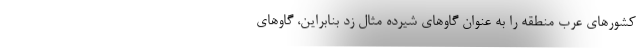
کشورهای عرب منطقه را به عنوان گاوهای شیرده مثال زد بنابراین، گاوهای